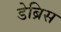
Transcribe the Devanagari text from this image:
डेब्रिस